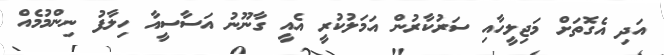
އަދި އެގޮތަށް މަޖިލީހާއި ސަރުކާރުން އަމަލުކުރީ އެއީ ގާނޫނު އަސާސީއާ ހިލާފު ނިންމުމެއް